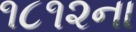
૧૮૧૨ના